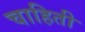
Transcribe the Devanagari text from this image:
चाहिती